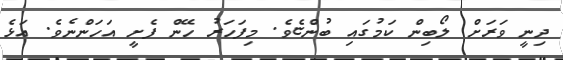
ދިނީ ވަރަށް ލޯބިން ކަމުގައި ބުންޏެވެ. މިފަހަރު ހޭން ފެށީ އަހަންނެވެ. އަޅެ